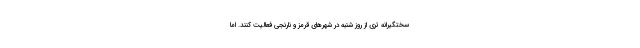
سختگیرانه تری از روز شنبه در شهرهای قرمز و نارنجی فعالیت کنند. اما